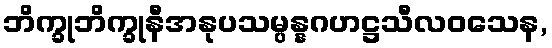
ဘိက္ခုဘိက္ခုနီအနုပသမ္ပန္နဂဟဋ္ဌသီလဝသေန,